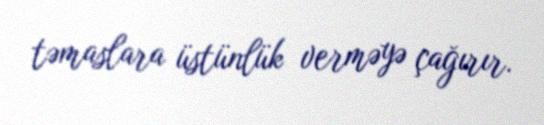
təmaslara üstünlük verməyə çağırır.